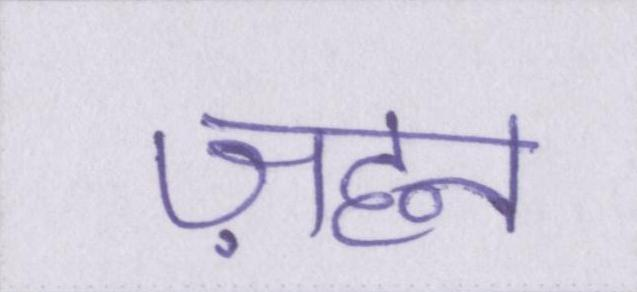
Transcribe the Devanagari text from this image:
ज़हन